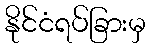
နိုင်ငံရပ်ခြားမှ